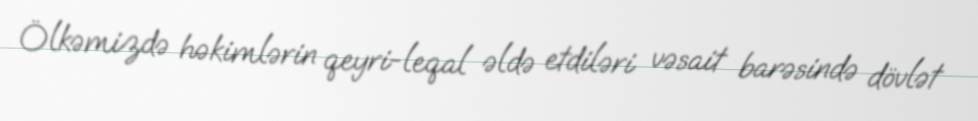
Ölkəmizdə həkimlərin qeyri-leqal əldə etdiləri vəsait barəsində dövlət